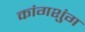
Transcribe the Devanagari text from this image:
कांगशुंग